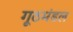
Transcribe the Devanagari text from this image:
गूठमंडल